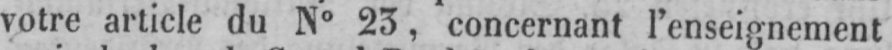
votre article du N° 23, concernant l’enseignement